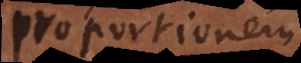
proportionem